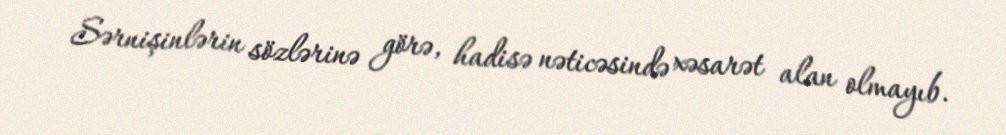
Sərnişinlərin sözlərinə görə, hadisə nəticəsində xəsarət alan olmayıb.